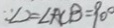
\because \angle 2 = \angle A C B = 9 0 ^ { \circ }